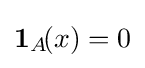
\mathbf {1} _{A}\!(x)=0